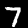
Digit: 7